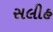
સલીહ